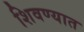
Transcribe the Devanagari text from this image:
शिवण्यात